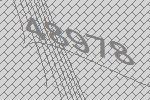
48978